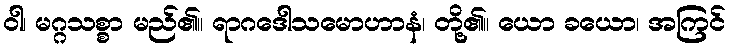
ဝါ၊ မဂ္ဂသစ္စာ မည်၏။ ရာဂဒေါသမောဟာနံ၊ တို့၏။ ယော ခယော၊ အကြင်